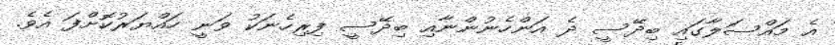
އެ މައްސަލާގައި ބިދޭސީ ދެ އަންހެނުންނާއި ބިދޭސީ ފިރިހެނަކު ވަނީ ހައްޔަރުކޮށްފަ އެވެ.